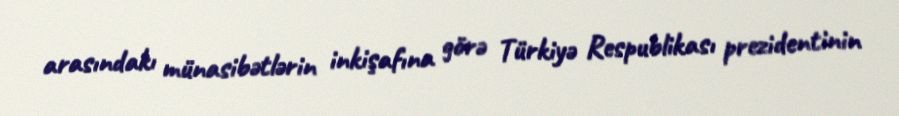
arasındakı münasibətlərin inkişafına görə Türkiyə Respublikası prezidentinin